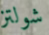
شولتز